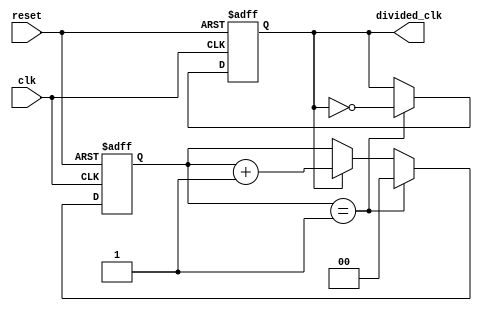
module clock_divider (
  input wire clk,
  input wire reset,
  output wire divided_clk
);

parameter DIV_FACTOR = 2; // Specify the division factor here

reg [DIV_FACTOR-1:0] counter;
reg toggle;

always @(posedge clk or posedge reset) begin
  if (reset) begin
    counter <= 0;
    toggle <= 1'b0;
  end else begin
    if (toggle)
      counter <= counter + 1;
    if (counter == DIV_FACTOR - 1) begin
      toggle <= ~toggle;
      counter <= 0;
    end
  end
end

assign divided_clk = toggle;

endmodule